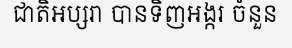
ជាតិអប្សរា បានទិញអង្ករ ចំនួន